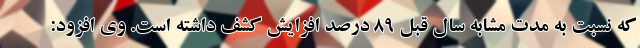
که نسبت به مدت مشابه سال قبل ۸۹ درصد افزایش کشف داشته است. وی افزود: